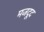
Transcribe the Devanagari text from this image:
मजदूद